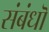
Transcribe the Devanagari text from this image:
संबंधॊ